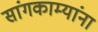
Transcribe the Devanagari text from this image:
सांगकाम्यांना